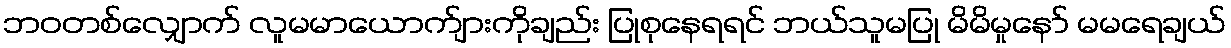
ဘဝတစ်လျှောက် လူမမာယောက်ျားကိုချည်း ပြုစုနေရရင် ဘယ်သူမပြု မိမိမှုနော် မမရေချယ်